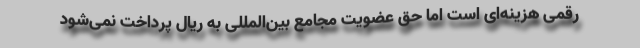
رقمی هزینه‌ای است اما حق عضویت مجامع بین‌المللی به ریال پرداخت نمی‌شود